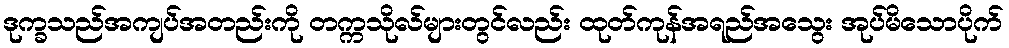
ဒုက္ခသည်အကျပ်အတည်းကို တက္ကသိုလ်များတွင်လည်း ထုတ်ကုန်အရည်အသွေး အုပ်မိသောပိုက်